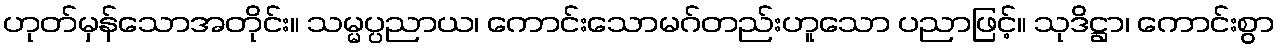
ဟုတ်မှန်သောအတိုင်း။ သမ္မပ္ပညာယ၊ ကောင်းသောမဂ်တည်းဟူသော ပညာဖြင့်။ သုဒိဋ္ဌာ၊ ကောင်းစွာ